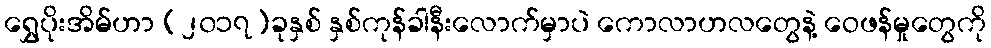
ရွှေပိုးအိမ်ဟာ (၂၀၁၇)ခုနှစ် နှစ်ကုန်ခါနီးလောက်မှာပဲ ကောလာဟလတွေနဲ့ ဝေဖန်မှုတွေကို